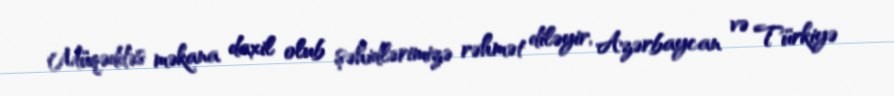
Müqəddəs məkana daxil olub şəhidlərimizə rəhmət diləyir, Azərbaycan və Türkiyə